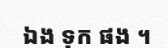
ឯង ទុក ផង ។